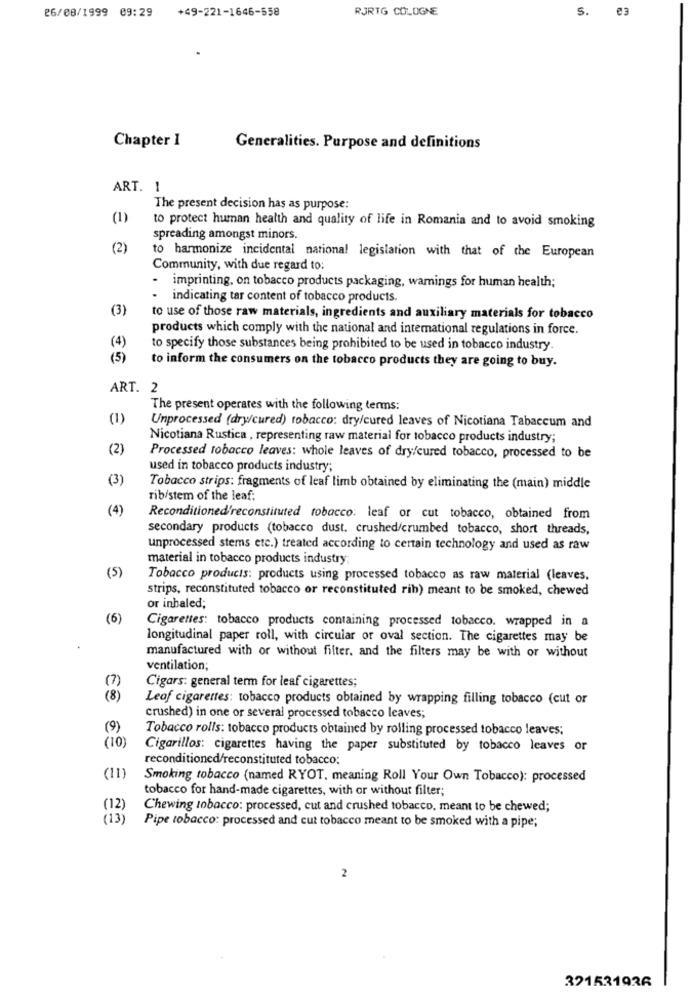
26/08/1999 09:29
+49-221-1646-558
RJRTG COLOGNE
S.
e3
Chapter 1
Generalities. Purpose and definitions
ART. 1
The present decision has as purpose:
(1)
to protect human health and quality of life in Romania and to avoid smoking
spreading amongst minors.
(2)
to harmonize incidental national legislation with that of the European
Community, with due regard to:
-
imprinting, on tobacco products packaging, wamings for human health;
.
indicating tar content of tobacco products.
(3)
to use of those raw materials, ingredients and auxiliary materials for tobacco
products which comply with the national and international regulations in force.
(4)
to specify those substances being prohibited to be used in tobacco industry.
(5)
to inform the consumers on the tobacco products they are going to buy.
ART. 2
The present operates with the following terms:
(1)
Unprocessed (dry/cured) tobacco: dry/cured leaves of Nicotiana Tabaccum and
Nicotiana Rustica , representing raw material for tobacco products industry;
(2)
Processed tobacco leaves: whole leaves of dry/cured tobacco, processed to be
used in tobacco products industry;
(3)
Tobacco strips: fragments of leaf limb obtained by eliminating the (main) middle
rib/stem of the leaf:
(4)
Reconditioned'reconstituted tobacco: leaf or cut tobacco, obtained from
secondary products (tobacco dust. crushed/crumbed tobacco, short threads,
unprocessed stems etc.) treated according to certain technology and used as raw
material in tobacco products industry;
(5)
Tobacco products: products using processed tobacco as raw material (leaves.
strips, reconstituted tobacco or reconstituted rih) meant to be smoked, chewed
or inhaled;
(6)
Cigarettes: tobacco products containing processed tobacco. wrapped in a
longitudinal paper roll, with circular or oval section. The cigarettes may be
manufactured with or without filter, and the filters may be with or without
ventilation;
(7)
Cigars: general term for leaf cigarettes;
(8)
Leof cigarettes: tobacco products obtained by wrapping filling tobacco (cut or
crushed) in one or several processed tobacco leaves;
(9)
Tobacco rolls: tobacco products obtained by rolling processed tobacco leaves;
( 10)
Cigarillos: cigarettes having the paper substituted by tobacco leaves or
reconditioned/reconstituted tobacco;
(11)
Smoking tobacco (named RYOT, meaning Roll Your Own Tobacco): processed
tobacco for hand-made cigarettes, with or without filter;
(12)
Chewing tobacco: processed, cut and crushed tobacco, meant to be chewed;
(13)
Pipe tobacco: processed and cut tobacco meant to be smoked with a pipe;
2
321531936